Scientific memoirs by medical officers of the Army of India - Part VIII,
Year: 1894
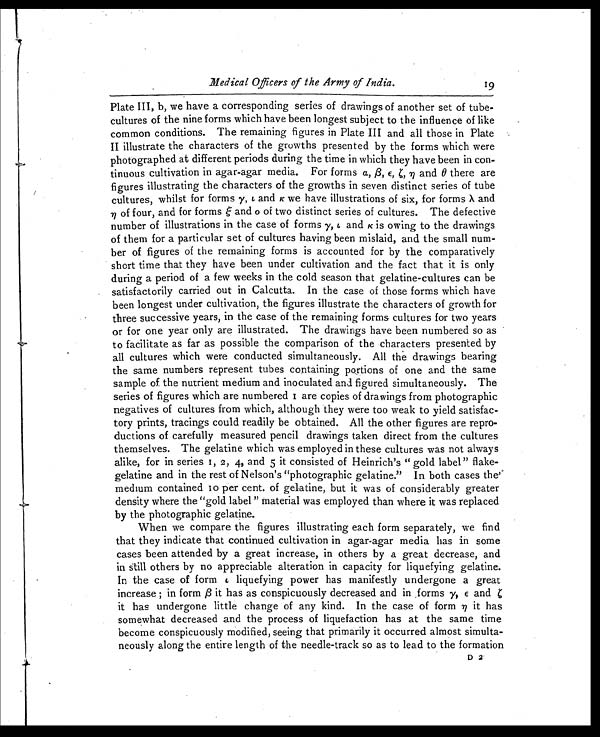
Medical Officers of the Army of India.
Plate III, b, we have a corresponding series of drawings of another set of tube-
cultures of the nine forms which have been longest subject to the influence of like
common conditions. The remaining figures in Plate III and all those in Plate
II illustrate the characters of the growths presented by the forms which were
photographed at different periods during the time in which they have been in con-
tinuous cultivation in agar-agar media. For forms α, β, ε,ζ,η and θ there are
figures illustrating the characters of the growths in seven distinct series of tube
cultures, whilst for forms γ, ι, a n d
κ w e h a v e i l l u s t r a t i o n s o f s i x , f o r f o r m sλ
a n d
η of four, and for forms ζ and o of two distinct series of cultures. The defective
number of i ustrations in the case of forms y, ι a n d
κ i s o w i n g t o t h e d r a w i n g s
of them for a particular set of cultures having been mislaid, and the small num-
ber of figures of the remaining forms is accounted for by the comparatively
short time that they have been under cultivation and the fact that it is only
during a period of a few weeks in the cold season that gelatine-cultures can be
satisfactorily carried out in Calcutta. In the case of those forms whic have
been longest under cultivation, the figures illustrate the characters of growth for
three successive years, in the case of the remaining forms cultures for two years
or for one year only are illustrated. The drawings have been numbered so as
to facilitate as far as possible the comparison of the characters presented by
all cultures which were conducted simultaneously. All the drawings bearing
the same numbers represent tubes containing portions of one and the same
sample of the nutrient medium and inoculated and figured simultaneously. The
series of figures which are numbered I are copies of drawings from photographic
negatives of cultures from which, although they were too weak to yield satisfac-
tory prints, tracings could readily be obtained. All the other figures are repro-
ductions of carefully measured pencil drawings taken direct from the cultures
themselves. The gelatine which was employed in these cultures was not always
alike, for in series I, 2, 4, and 5 it consisted of Heinrich's " gold label" flake-
gelatine and in the rest of Nelson's "photographic gelatine." In both cases the
medium contained Io per cent. of gelatine, but it was of considerably greater
density where the "gold label " material was employed than where it was replaced
by the photographic gelatine.
When we compare the figures illustrating each form separately, we find
that they indicate that continued cultivation in agar–agar media has in some
cases been attended by a great increase, in others by a great decrease, and
in still others by no appreciable alteration in capacity for liquefying gelatine.
In the case of form ι ,
l i q u e f y i n g p o w e r h a s m a n i f e s t l y u n d e r g o n e a g r e a t
increase; in form β it has as conspicuously decreased and in ,forms γ, ε and
it has undergone little change of any kind. In the case of form η it has
somewhat decreased and the process of liquefaction has at the same time
become conspicuously modified, seeing that primarily it occurred almost simulta-
neously along the entire length of the needle-track so as to lead to the formation
19
D 2'